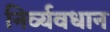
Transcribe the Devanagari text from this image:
निर्व्यवधान